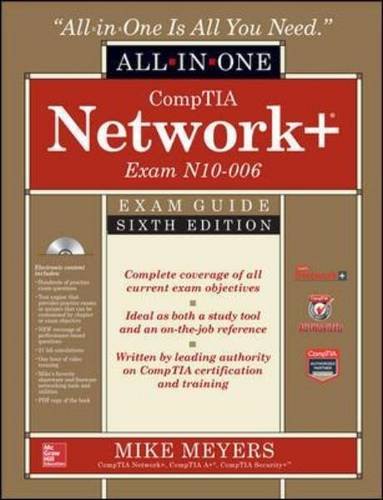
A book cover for CompTIA Network+ All-In-One Exam Guide, Sixth Edition (Exam N10-006); Mike Meyers; Computers & Technology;